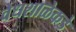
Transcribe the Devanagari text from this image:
वेधशाळेकडे